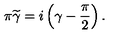
\pi \widetilde { \gamma } = i \left( \gamma - \frac { \pi } { 2 } \right) .